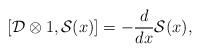
LaTeX: \begin{align*} \left[\mathcal D\otimes 1,\mathcal{S}(x)\right]=-\frac{d}{dx}\mathcal{S}(x),\end{align*}